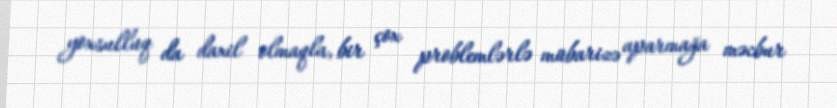
yoxsulluq da daxil olmaqla, bir çox problemlərlə mübarizə aparmağa məcbur